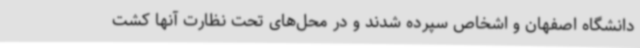
دانشگاه اصفهان و اشخاص سپرده شدند و در محل‌های تحت نظارت آنها کشت